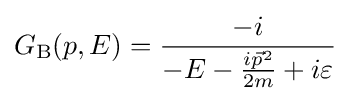
G_{\text{B}}(p,E)={\frac {-i}{-E-{\frac {i{\vec {p}}^{2}}{2m}}+i\varepsilon }}